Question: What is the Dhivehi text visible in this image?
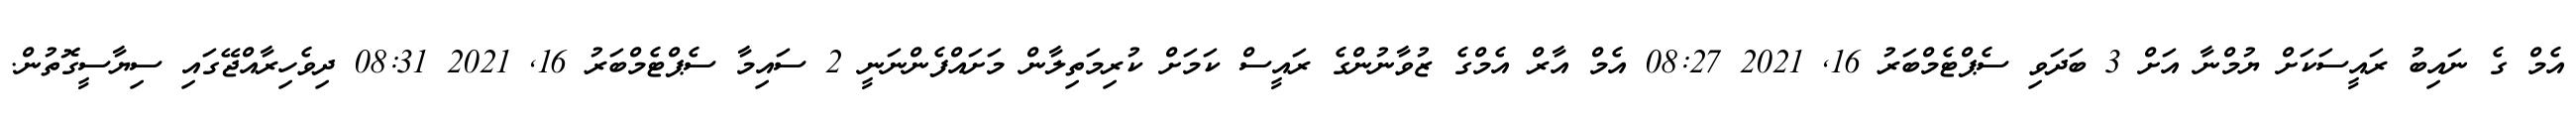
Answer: އެމް ގެ ނައިބު ރައީސަކަށް ޔުމްނާ އަށް 3 ބަދަވި ސެޕްޓެމްބަރު 16, 2021 08:27 އެމް އާރް އެމްގެ ޒުވާނުންގެ ރައީސް ކަމަށް ކުރިމަތިލާން މަށައްފެންނަނީ 2 ސައިމާ ސެޕްޓެމްބަރު 16, 2021 08:31 ދިވެހިރާއްޖޭގައި ސިޔާސީގޮތުން.